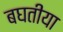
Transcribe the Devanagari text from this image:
बघतीया